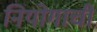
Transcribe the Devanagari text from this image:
नियोगाची